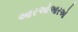
આરઓઆરઓ